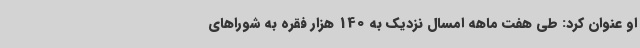
او عنوان کرد: طی هفت ماهه امسال نزدیک به 140 هزار فقره به شوراهای